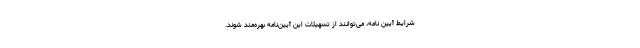
شرایط آیین نامه، می‌توانند از تسهیلات این آیین‌نامه بهره‌مند شوند.